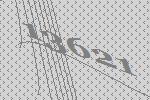
13621